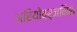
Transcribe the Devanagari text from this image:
अरियोवर्जनिस